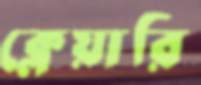
ক্লেয়ারি